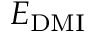
E _ { \mathrm { D M I } }